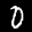
Label: 0